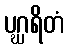
ပဂ္ဃရိတံ